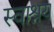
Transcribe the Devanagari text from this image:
स्वाश्रय